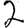
Digit: 2